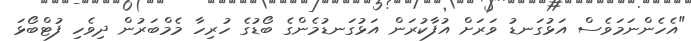
"އެހެންނަމަވެސް އަޅުގަނޑު ވަރަށް އުފާކުރަން އަޅުގަނޑުމެންގެ ބޯޑުގެ ހުރިހާ މެމްބަރުން ދިވެހި ފުޓްބޯޅަ